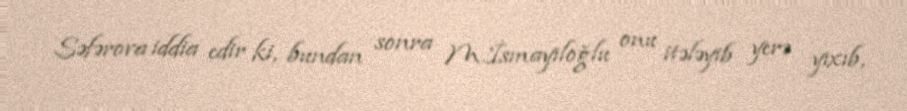
Səfərova iddia edir ki, bundan sonra M.İsmayıloğlu onu itələyib yerə yıxıb,